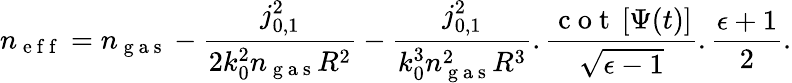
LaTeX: n_{\mathrm{~e~f~f~}}=n_{\mathrm{~g~a~s~}}-\frac{j_{0,1}^{2}}{2k_{0}^{2}n_{\mathrm{~g~a~s~}}R^{2}}-\frac{j_{0,1}^{2}}{k_{0}^{3}n_{\mathrm{~g~a~s~}}^{2}R^{3}}.\frac{\mathrm{~c~o~t~}\left[\Psi(t)\right]}{\sqrt{\epsilon-1}}.\frac{\epsilon+1}{2}.